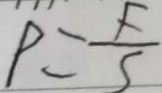
P = \frac { F } { S }